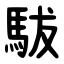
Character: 䮂